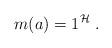
LaTeX: \begin{align*}m(a)=1^{\mathcal{H}}\;.\end{align*}